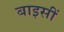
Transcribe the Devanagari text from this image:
बाइसीं